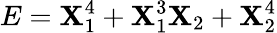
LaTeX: E=\mathbf{X}_{1}^{4}+\mathbf{X}_{1}^{3}\mathbf{X}_{2}+\mathbf{X}_{2}^{4}